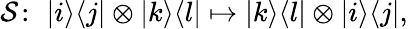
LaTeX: \mathcal{S}\! :\, \, |i\rangle\langle j|\otimes|k\rangle\langle l|\mapsto|k\rangle\langle l|\otimes|i\rangle\langle j|,